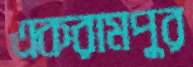
একরামপুর